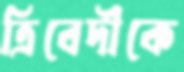
ত্রিবেদীকে